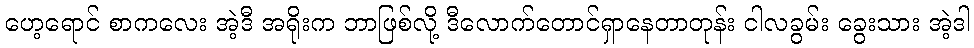
ဟေ့ရောင် စာကလေး အဲ့ဒီ အရိုးက ဘာဖြစ်လို့ ဒီလောက်တောင်ရှာနေတာတုန်း ငါလခွမ်း ခွေးသား အဲ့ဒါ